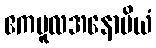
ဧကမူလအနောမိယံ